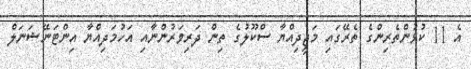
އެ 11 ކުޅުންތެރިންގެ ތެރޭގައި މަޖީދިއްޔާ ސްކޫލުގެ ތިން ދަރިވަރުންނާއި އަހުމަދިއްޔާ އިންޓަނޭޝަނަލް